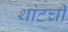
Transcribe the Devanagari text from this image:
थांटची